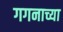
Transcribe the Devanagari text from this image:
गगनाच्या